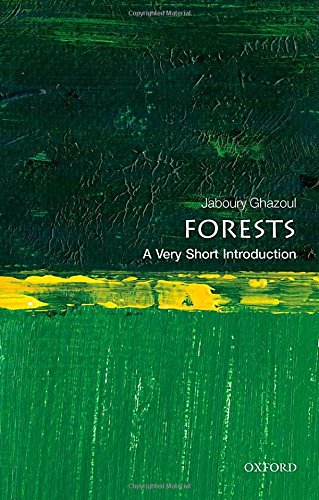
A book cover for Forests: A Very Short Introduction (Very Short Introductions); Jaboury Ghazoul; Science & Math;